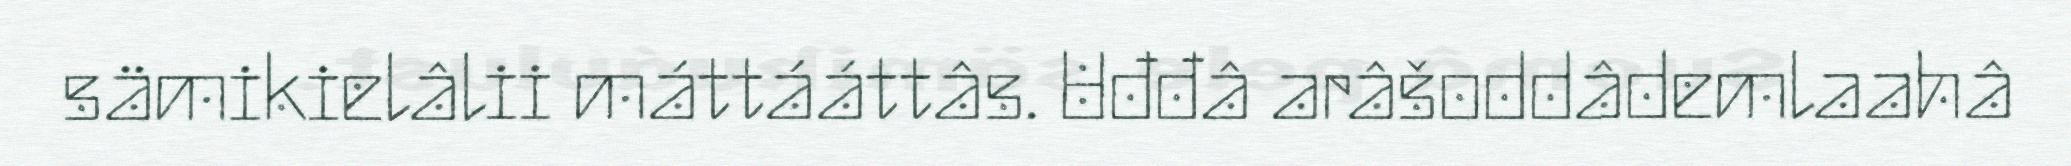
sämikielâlii máttááttâs. Uđđâ arâšoddâdemlaahâ